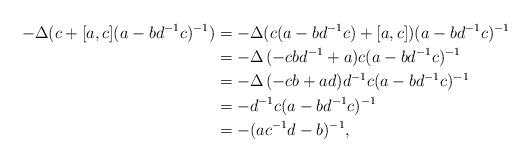
LaTeX: \begin{align*}-\Delta(c+[a,c](a-bd^{-1}c)^{-1})&=-\Delta(c(a-bd^{-1}c)+[a,c])(a-bd^{-1}c)^{-1}\\&= -\Delta \,(- cbd^{-1} +a)c(a-bd^{-1}c)^{-1}\\&= -\Delta \,( -cb +ad)d^{-1}c(a-bd^{-1}c)^{-1}\\&=-d^{-1}c(a-bd^{-1}c)^{-1}\\&=-(ac^{-1}d-b)^{-1}, \end{align*}